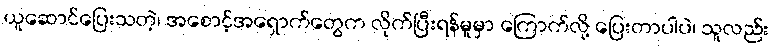
ယူဆောင်ပြေးသတဲ့၊ အစောင့်အရှောက်တွေက လိုက်ပြီးရန်မူမှာ ကြောက်လို့ ပြေးတာပါပဲ၊ သူလည်း